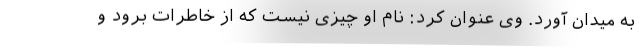
به میدان آورد. وی عنوان کرد: نام او چیزی نیست که از خاطرات برود و